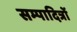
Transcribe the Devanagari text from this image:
सम्पादित्रों